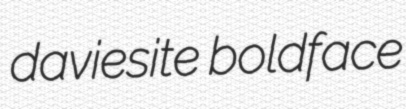
daviesite boldface